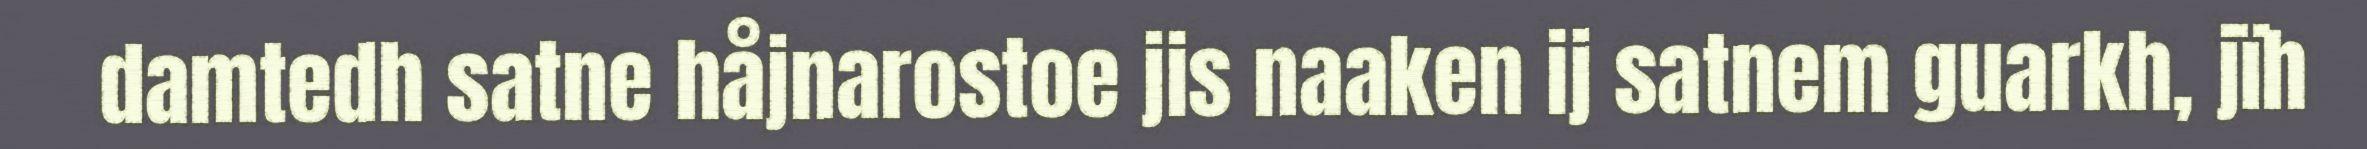
damtedh satne håjnarostoe jis naaken ij satnem guarkh, jïh